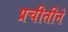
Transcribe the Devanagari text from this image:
प्रचीतीने